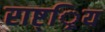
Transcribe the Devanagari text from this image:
राष्ट््रिय